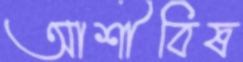
আশীবিষ